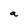
Character: a